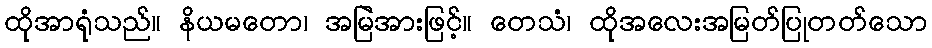
ထိုအာရုံသည်။ နိယမတော၊ အမြဲအားဖြင့်။ တေသံ၊ ထိုအလေးအမြတ်ပြုတတ်သော